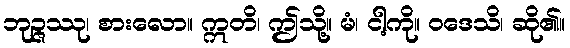
ဘုဉ္ဇဿု၊ စားလော။ ဣတိ၊ ဤသို့။ မံ၊ ငါ့ကို။ ဝဒေသိ၊ ဆို၏။